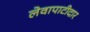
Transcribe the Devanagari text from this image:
लेवापाटीदार